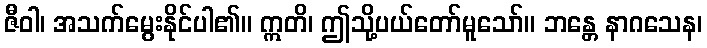
ဇီဝါ၊ အသက်မွေးနိုင်ပါ၏။ ဣတိ၊ ဤသို့ပယ်တော်မူသော်။ ဘန္တေ နာဂသေန၊